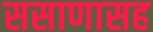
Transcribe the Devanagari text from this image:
ससाणासह